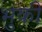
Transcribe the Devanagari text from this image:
भुकी